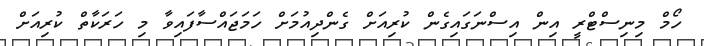
ހޯމް މިނިސްޓްރީ އިން އިސްނަގައިގެން ކުރިއަށް ގެންދިއުމަށް ހަމަޖައްސާފައިވާ މި ހަރަކާތް ކުރިއަށް